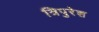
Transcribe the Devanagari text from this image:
त्रिपुरेश